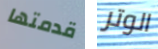
قدمتها الوتر